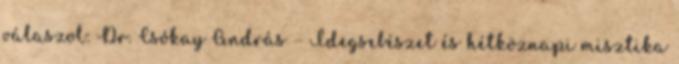
válaszol: Dr. Csókay András – Idegsebészet és hétköznapi misztika